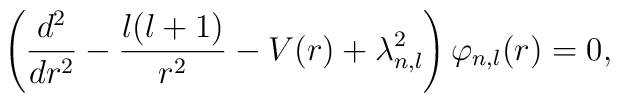
\left( \frac{d^2}{dr^2} -\frac{l(l+1)}{r^2}-V(r)+\lambda^2_{n,l}\right)\varphi_{n,l}(r)=0,